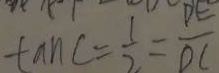
\tan C = \frac { 1 } { 2 } = \frac { D E } { D C }